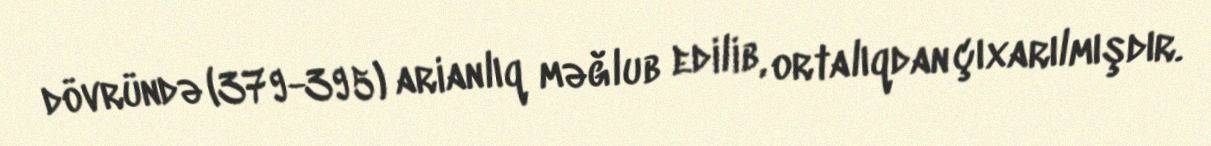
dövründə (379-395) arianlıq məğlub edilib, ortalıqdan çıxarılmışdır.